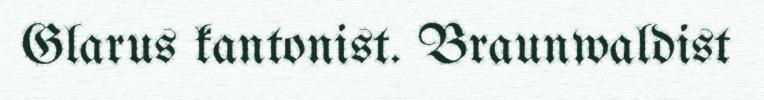
Glarus kantonist. Braunwaldist